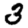
Digit: 3